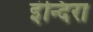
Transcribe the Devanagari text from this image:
इंन्दिरा